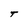
Character: T